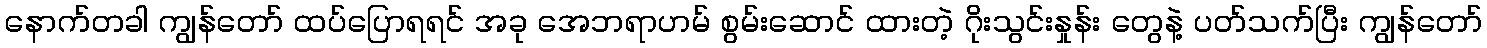
နောက်တခါ ကျွန်တော် ထပ်ပြောရရင် အခု အေဘရာဟမ် စွမ်းဆောင် ထားတဲ့ ဂိုးသွင်းနှုန်း တွေနဲ့ ပတ်သက်ပြီး ကျွန်တော်